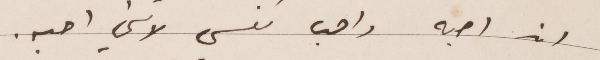
اني احبه واحب نفسي لاني احبه.